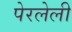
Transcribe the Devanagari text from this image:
पेरलेली